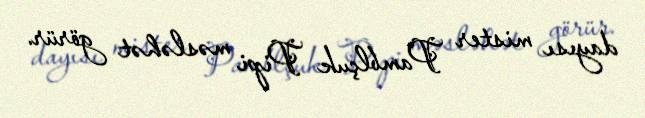
dayısı mister Pamblçuk Pipi məsləhət görür.